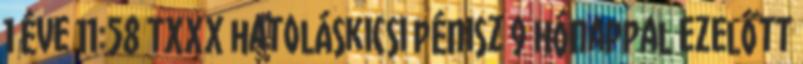
1 éve 11:58 TXXX hatoláskicsi pénisz 9 hónappal ezelőtt